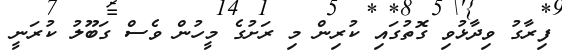
ފިރާގު ވިދާޅުވި ގޮތުގައި ކުރިން މި ރަށުގެ މީހުން ވެސް ގަބޫލު ކުރަނީ